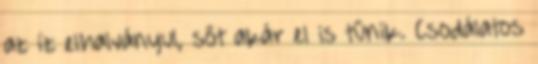
az íz elhalványul, sőt akár el is tűnik. Csodálatos